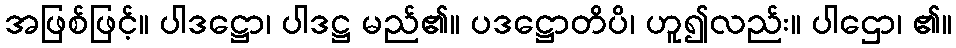
အဖြစ်ဖြင့်။ ပါဒဋ္ဌော၊ ပါဒဋ္ဌ မည်၏။ ပဒဋ္ဌောတိပိ၊ ဟူ၍လည်း။ ပါဌော၊ ၏။